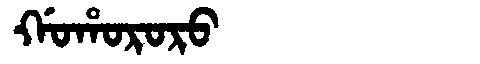
Manchu: ᡤᠣᡥᠣᡵᠣᡵᠣ
Romanization: GOHORORO